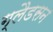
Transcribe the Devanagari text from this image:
ग्लैडसन